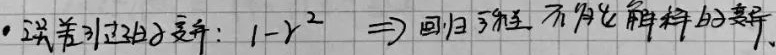
• 误差引起的变异：
\[1 - r^{2} \Rightarrow \text{回归方程不能解释的变异.}\]